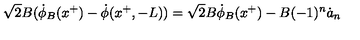
\sqrt { 2 } B ( \dot { \phi } _ { B } ( x ^ { + } ) - \dot { \phi } ( x ^ { + } , - L ) ) = \sqrt { 2 } B \dot { \phi } _ { B } ( x ^ { + } ) - B ( - 1 ) ^ { n } \dot { a } _ { n }